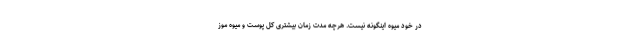
در خود میوه اینگونه نیست. هرچه مدت زمان بیشتری کل پوست و میوه موز